Annual report on the mental hospital in the Central Provinces and Berar (Nagpur) - 1927-1951
Year: 1927
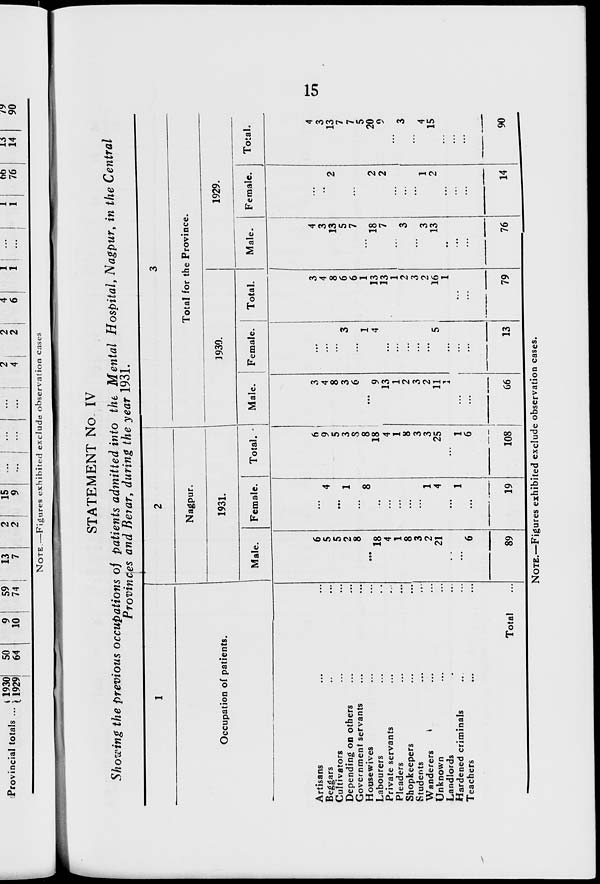
15
STATEMENT No. IV
Showing the previous occupations of patients admitted into the Mental Hospital, Nagpur, in the Central
Provinces and Berar, during the year 1931.
1
Occupation of patients.
Artisans ... ...
Beggars ... ...
Cultivators ... ...
Depending on others ... ...
Government servants ... ...
Housewives ... ...
Labourers ... ...
Private servants ... ...
Pleaders
...
...
Shopkeepers ... ...
Students ... ...
Wanderers ... ...
Unknown ... ...
Landlords ... ...
Hardened criminals ... ...
Teachers
...
...
Total ...
2
Nagpur.
1931.
Male.
6
5
5
2
8
...
18
4
1
8
3
2
21
...
...
6
89
Female.
...
4
...
1
...
8
...
...
...
...
...
1
4
...
1
...
19
Total.
6
9
5
3
8
8
18
4
1
8
3
3
25
...
1
6
108
3
Total for the Province.
1930.
Male.
3
4
8
3
6
...
9
13
1
2
3
2
11
1
...
...
66
Female.
...
...
...
3
...
1
4
...
...
...
...
...
5
...
...
...
13
Total.
3
4
8
6
6
1
13
13
1
2
3
2
16
1
...
...
79
1929.
Male.
4
3
13
5
7
...
18
7
...
3
...
3
13
...
...
...
76
Female.
...
...
2
2
...
5
2
2
...
...
...
1
2
...
...
...
14
Total.
4
3
13
7
7
5
20
9
...
3
...
4
15
...
...
...
90
NOTE.—Figures exhibited exclude observation cases.